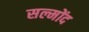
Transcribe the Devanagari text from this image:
सल्मोंद